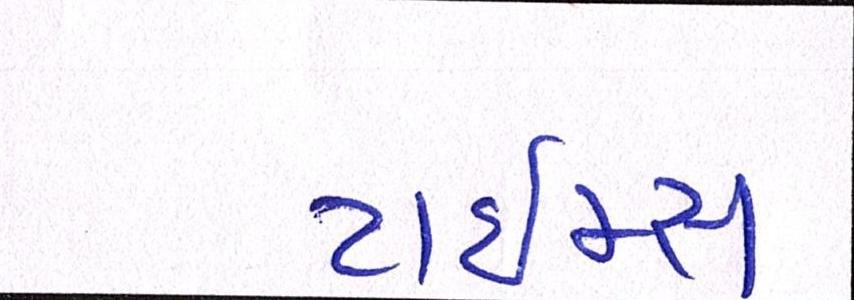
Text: ટાઈમ્સ